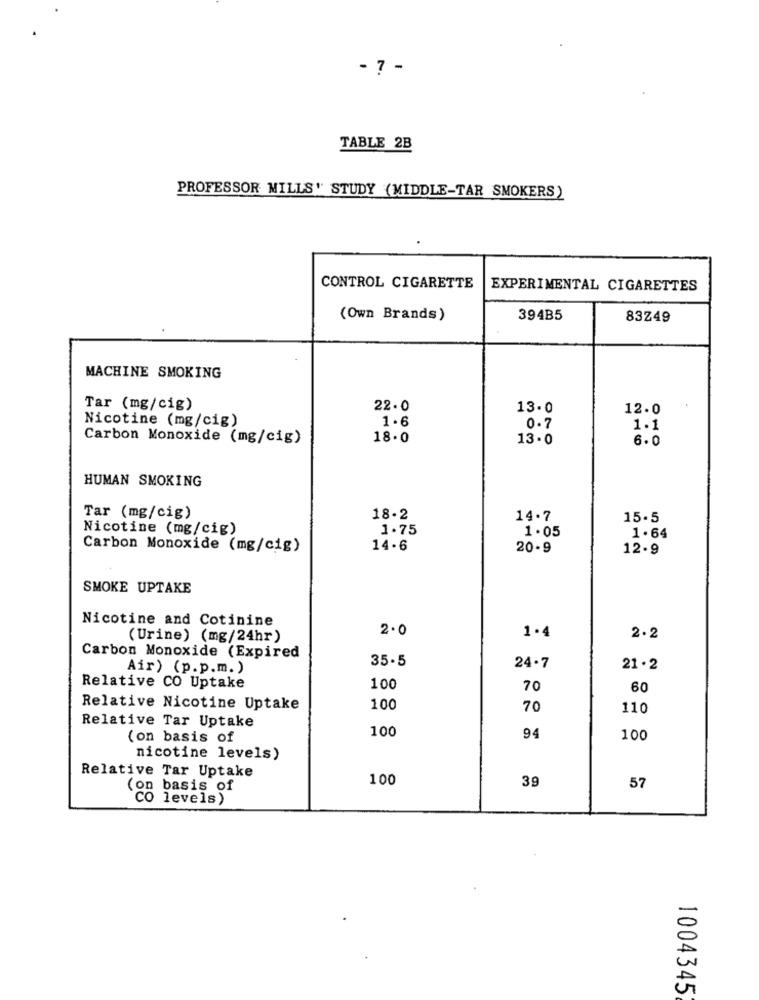
- 7 -
TABLE 2B
PROFESSOR MILLS' STUDY (MIDDLE-TAR SMOKERS)
CONTROL CIGARETTE
EXPERIMENTAL CIGARETTES
(Own Brands)
394B5
83Z49
MACHINE SMOKING
Tar (mg/cig)
22. 0
13.0
12.0
Nicotine (mg/cig)
1.6
0.7
1.1
Carbon Monoxide (mg/cig)
18.0
13.0
6.0
HUMAN SMOKING
Tar (mg/cig)
18-2
14.7
15.5
Nicotine (mg/cig)
1.75
1.05
1.64
Carbon Monoxide (mg/cig)
14-6
20-9
12-9
SMOKE UPTAKE
Nicotine and Cotinine
2.0
1.4
(Urine) (mg/24hr)
2.2
Carbon Monoxide (Expired
35-5
Air) (p.p.m.)
24.7
21 . 2
Relative CO Uptake
100
70
60
Relative Nicotine Uptake
100
70
110
Relative Tar Uptake
100
(on basis of
94
100
nicotine levels)
Relative Tar Uptake
100
39
57
(on basis of
CO levels)
1004345